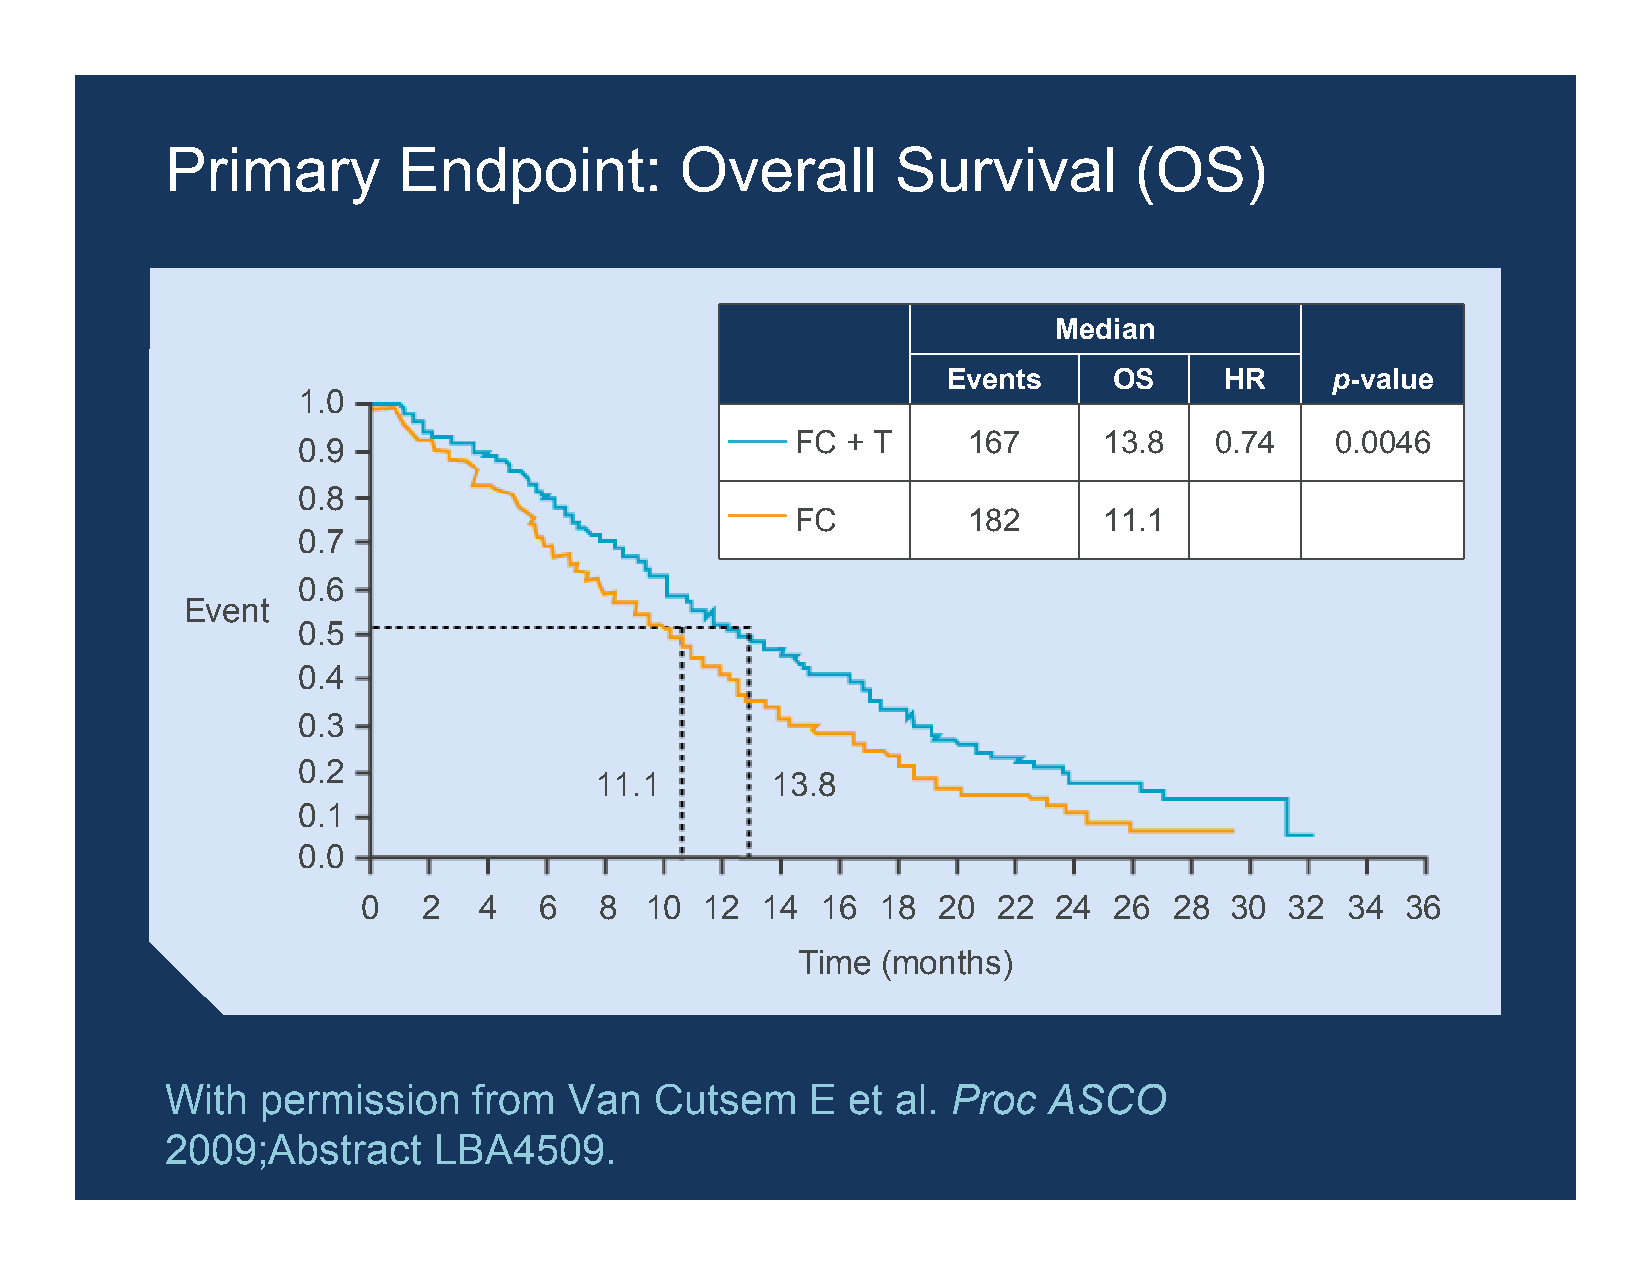
Primary        Endpoint:          Overall       Survival        (OS)
 Median
 Events     OS     HR     p-value
 1.0
 FC + T     167      13.8   0.74    0.0046
 0.9
 0.8
 FC         182      11.1
 0.7
 0.6
 Event
 0.5
 0.4
 0.3
 0.2
 11.1        13.8
 0.1
 0.0
 0   2   4   6   8  10 12  14  16  18  20  22  24  26  28 30  32  34  36
 Time (months)
 With  permission    from   Van  Cutsem     E et al. Proc  ASCO
 2009;Abstract     LBA4509.